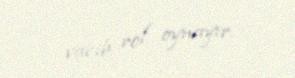
vacib rol oynayır.